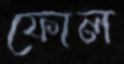
ফোল